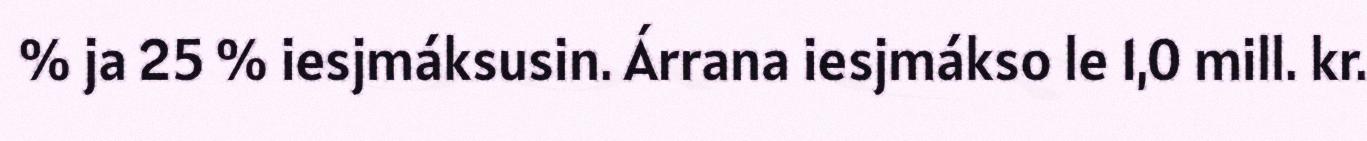
% ja 25 % iesjmáksusin. Árrana iesjmákso le 1,0 mill. kr.